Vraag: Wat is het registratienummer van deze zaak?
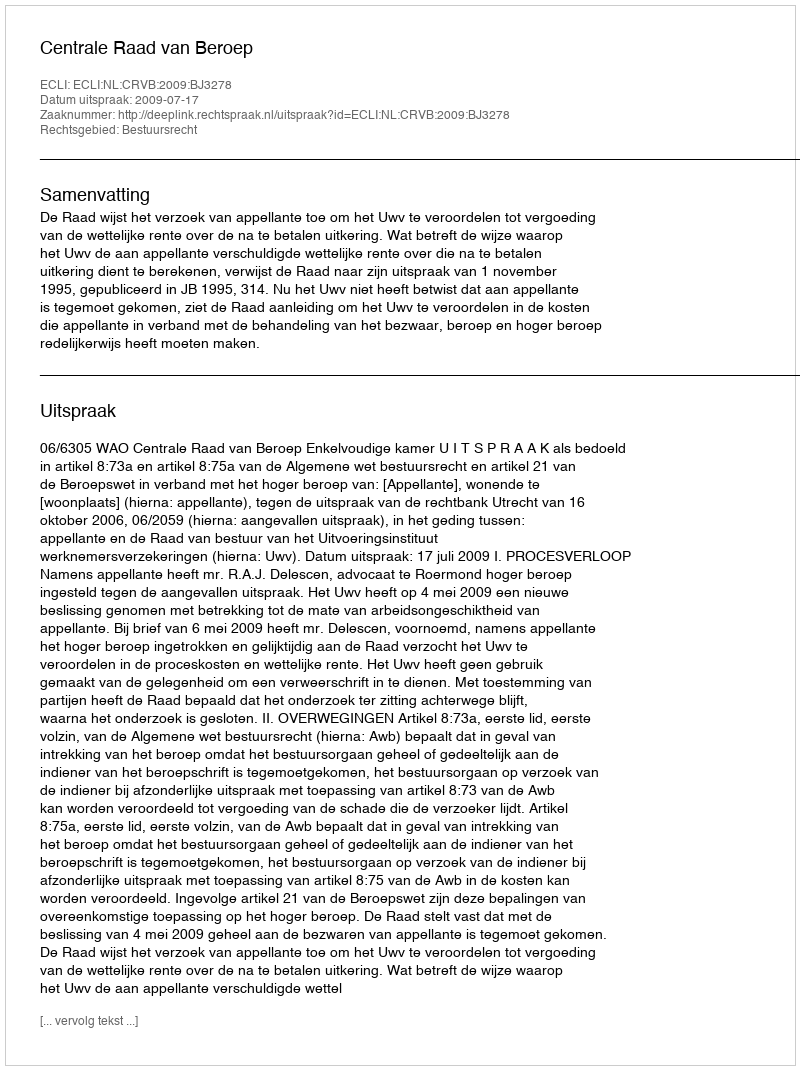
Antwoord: http://deeplink.rechtspraak.nl/uitspraak?id=ECLI:NL:CRVB:2009:BJ3278